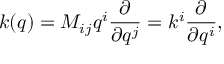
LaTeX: k ( q ) = M _ { i j } q ^ { i } { \frac { \partial } { \partial q ^ { j } } } = k ^ { i } { \frac { \partial } { \partial q ^ { i } } } ,